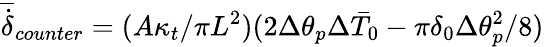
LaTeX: \overline{{\dot{\delta}}}_{counter}=(A\kappa_{t}/\pi L^{2})(2\Delta\theta_{p}\Delta\bar{T}_{0}-\pi\delta_{0}\Delta\theta_{p}^{2}/8)